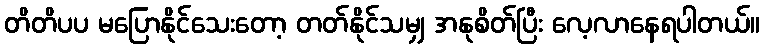
တိတိပပ မပြောနိုင်သေးတော့ တတ်နိုင်သမျှ အနုစိတ်ပြီး လေ့လာနေရပါတယ်။